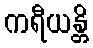
ကရီယန္တိ